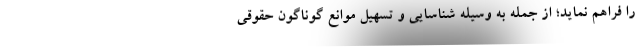
را فراهم نماید؛ از جمله به وسیله شناسایی و تسهیل موانع گوناگون حقوقی